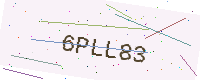
Text: 6PLL83